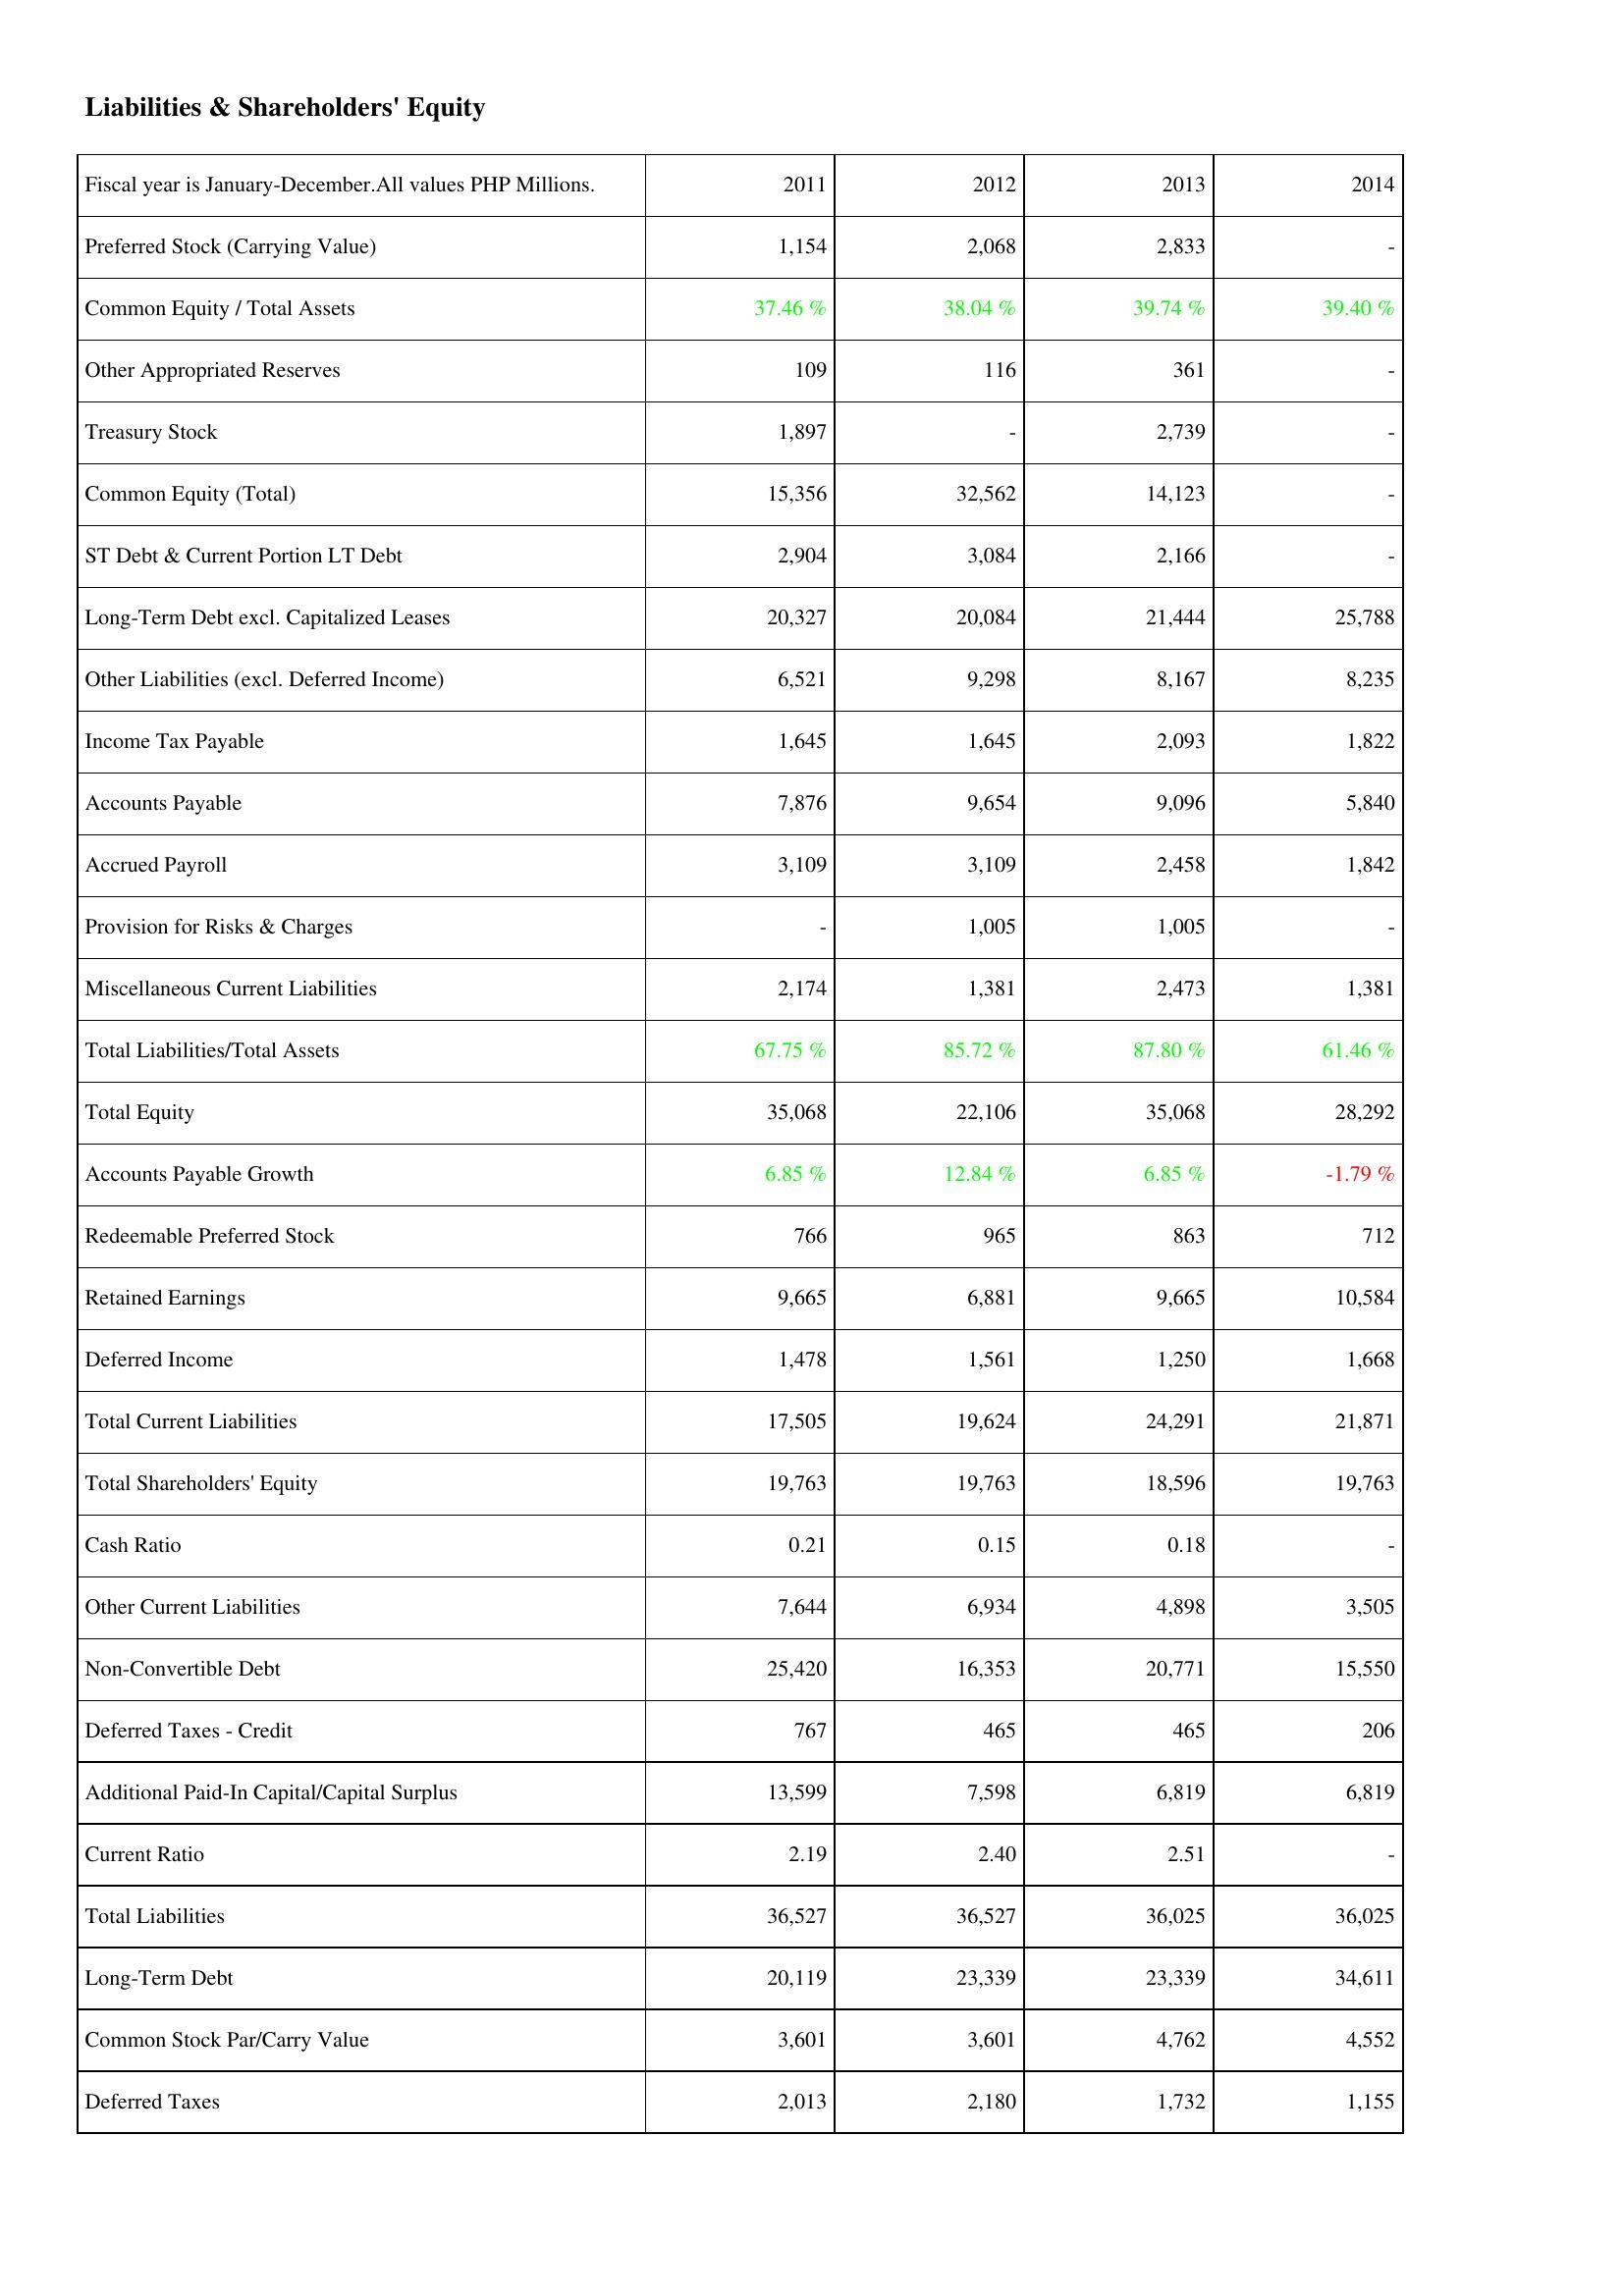
2011: Liabilities & Shareholders' Equity: Preferred Stock (Carrying Value): 1,154
Common Equity / Total Assets: 37.46 %
Other Appropriated Reserves: 109
Treasury Stock: 1,897
Common Equity (Total): 15,356
ST Debt & Current Portion LT Debt: 2,904
Long-Term Debt excl. Capitalized Leases: 20,327
Other Liabilities (excl. Deferred Income): 6,521
Income Tax Payable: 1,645
Accounts Payable: 7,876
Accrued Payroll: 3,109
Provision for Risks & Charges: -
Miscellaneous Current Liabilities: 2,174
Total Liabilities/Total Assets: 67.75 %
Total Equity: 35,068
Accounts Payable Growth: 6.85 %
Redeemable Preferred Stock: 766
Retained Earnings: 9,665
Deferred Income: 1,478
Total Current Liabilities: 17,505
Total Shareholders' Equity: 19,763
Cash Ratio: 0.21
Other Current Liabilities: 7,644
Non-Convertible Debt: 25,420
Deferred Taxes - Credit: 767
Additional Paid-In Capital/Capital Surplus: 13,599
Current Ratio: 2.19
Total Liabilities: 36,527
Long-Term Debt: 20,119
Common Stock Par/Carry Value: 3,601
Deferred Taxes: 2,013
2012: Liabilities & Shareholders' Equity: Preferred Stock (Carrying Value): 2,068
Common Equity / Total Assets: 38.04 %
Other Appropriated Reserves: 116
Treasury Stock: -
Common Equity (Total): 32,562
ST Debt & Current Portion LT Debt: 3,084
Long-Term Debt excl. Capitalized Leases: 20,084
Other Liabilities (excl. Deferred Income): 9,298
Income Tax Payable: 1,645
Accounts Payable: 9,654
Accrued Payroll: 3,109
Provision for Risks & Charges: 1,005
Miscellaneous Current Liabilities: 1,381
Total Liabilities/Total Assets: 85.72 %
Total Equity: 22,106
Accounts Payable Growth: 12.84 %
Redeemable Preferred Stock: 965
Retained Earnings: 6,881
Deferred Income: 1,561
Total Current Liabilities: 19,624
Total Shareholders' Equity: 19,763
Cash Ratio: 0.15
Other Current Liabilities: 6,934
Non-Convertible Debt: 16,353
Deferred Taxes - Credit: 465
Additional Paid-In Capital/Capital Surplus: 7,598
Current Ratio: 2.40
Total Liabilities: 36,527
Long-Term Debt: 23,339
Common Stock Par/Carry Value: 3,601
Deferred Taxes: 2,180
2013: Liabilities & Shareholders' Equity: Preferred Stock (Carrying Value): 2,833
Common Equity / Total Assets: 39.74 %
Other Appropriated Reserves: 361
Treasury Stock: 2,739
Common Equity (Total): 14,123
ST Debt & Current Portion LT Debt: 2,166
Long-Term Debt excl. Capitalized Leases: 21,444
Other Liabilities (excl. Deferred Income): 8,167
Income Tax Payable: 2,093
Accounts Payable: 9,096
Accrued Payroll: 2,458
Provision for Risks & Charges: 1,005
Miscellaneous Current Liabilities: 2,473
Total Liabilities/Total Assets: 87.80 %
Total Equity: 35,068
Accounts Payable Growth: 6.85 %
Redeemable Preferred Stock: 863
Retained Earnings: 9,665
Deferred Income: 1,250
Total Current Liabilities: 24,291
Total Shareholders' Equity: 18,596
Cash Ratio: 0.18
Other Current Liabilities: 4,898
Non-Convertible Debt: 20,771
Deferred Taxes - Credit: 465
Additional Paid-In Capital/Capital Surplus: 6,819
Current Ratio: 2.51
Total Liabilities: 36,025
Long-Term Debt: 23,339
Common Stock Par/Carry Value: 4,762
Deferred Taxes: 1,732
2014: Liabilities & Shareholders' Equity: Preferred Stock (Carrying Value): -
Common Equity / Total Assets: 39.40 %
Other Appropriated Reserves: -
Treasury Stock: -
Common Equity (Total): -
ST Debt & Current Portion LT Debt: -
Long-Term Debt excl. Capitalized Leases: 25,788
Other Liabilities (excl. Deferred Income): 8,235
Income Tax Payable: 1,822
Accounts Payable: 5,840
Accrued Payroll: 1,842
Provision for Risks & Charges: -
Miscellaneous Current Liabilities: 1,381
Total Liabilities/Total Assets: 61.46 %
Total Equity: 28,292
Accounts Payable Growth: -1.79 %
Redeemable Preferred Stock: 712
Retained Earnings: 10,584
Deferred Income: 1,668
Total Current Liabilities: 21,871
Total Shareholders' Equity: 19,763
Cash Ratio: -
Other Current Liabilities: 3,505
Non-Convertible Debt: 15,550
Deferred Taxes - Credit: 206
Additional Paid-In Capital/Capital Surplus: 6,819
Current Ratio: -
Total Liabilities: 36,025
Long-Term Debt: 34,611
Common Stock Par/Carry Value: 4,552
Deferred Taxes: 1,155